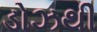
ડોઝથી